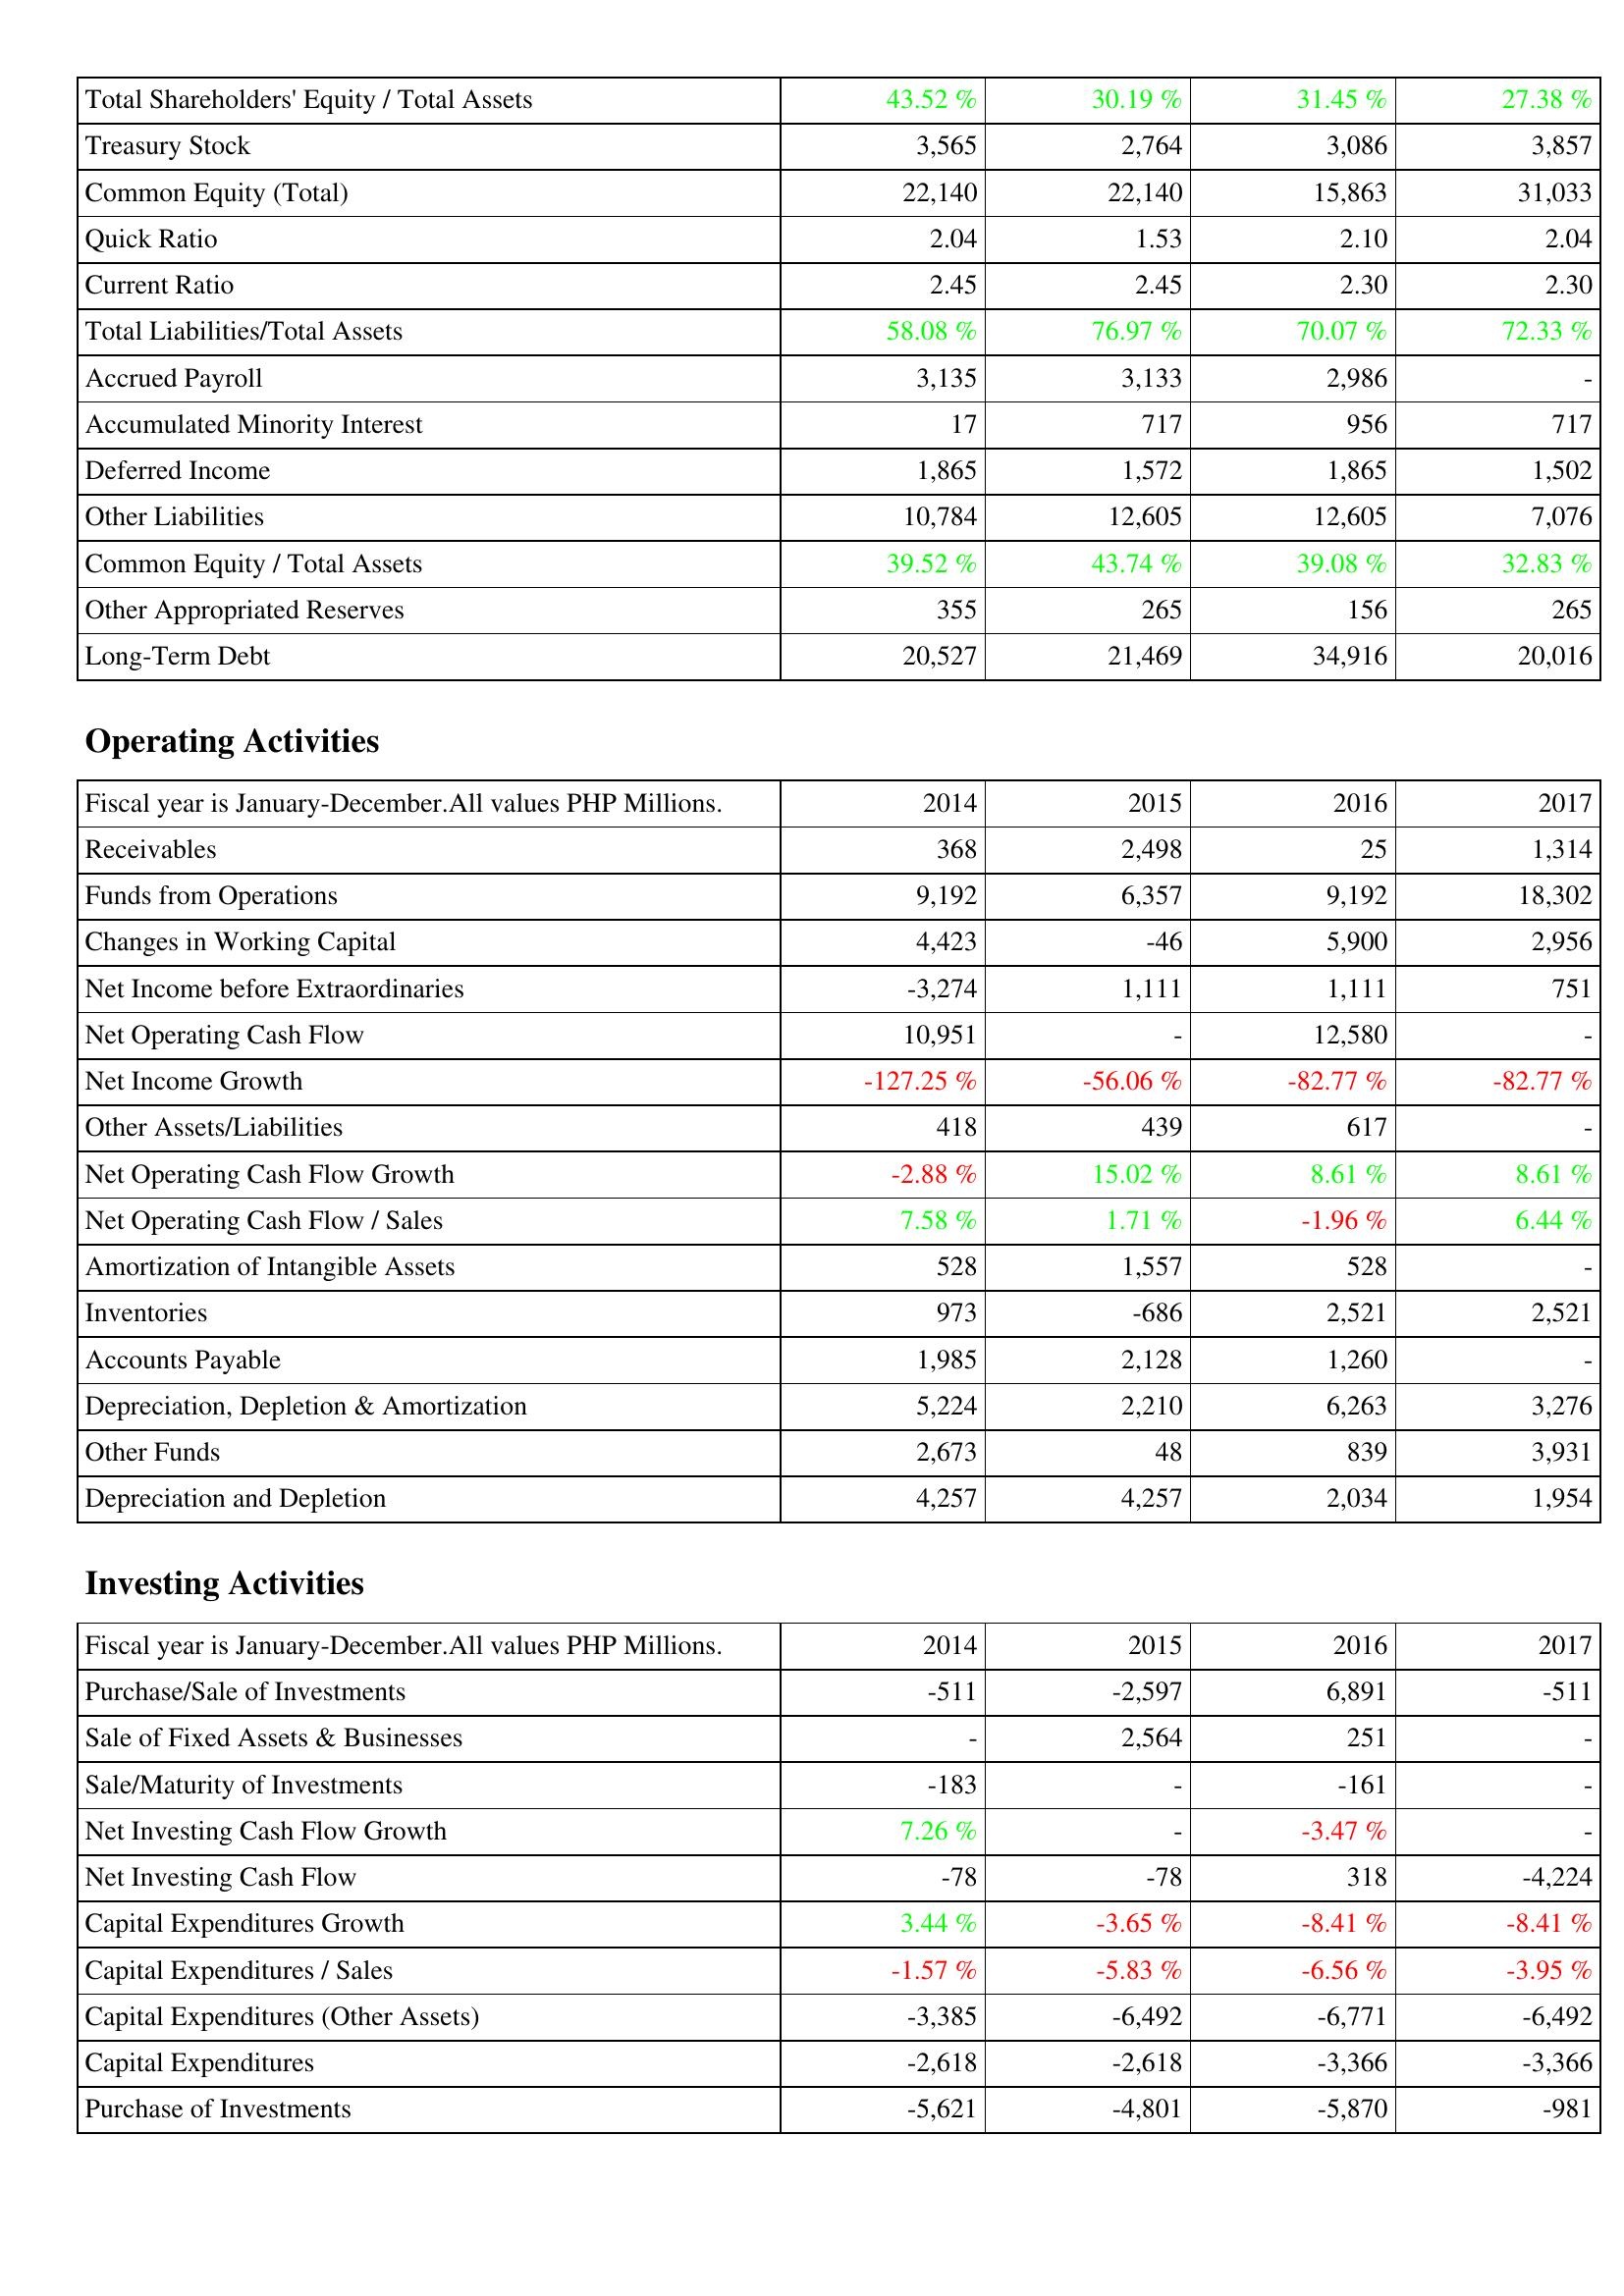
2014: Liabilities & Shareholders' Equity: Total Shareholders' Equity / Total Assets: 43.52 %
Treasury Stock: 3,565
Common Equity (Total): 22,140
Quick Ratio: 2.04
Current Ratio: 2.45
Total Liabilities/Total Assets: 58.08 %
Accrued Payroll: 3,135
Accumulated Minority Interest: 17
Deferred Income: 1,865
Other Liabilities: 10,784
Common Equity / Total Assets: 39.52 %
Other Appropriated Reserves: 355
Long-Term Debt: 20,527
Operating Activities: Receivables: 368
Funds from Operations: 9,192
Changes in Working Capital: 4,423
Net Income before Extraordinaries: -3,274
Net Operating Cash Flow: 10,951
Net Income Growth: -127.25 %
Other Assets/Liabilities: 418
Net Operating Cash Flow Growth: -2.88 %
Net Operating Cash Flow / Sales: 7.58 %
Amortization of Intangible Assets: 528
Inventories: 973
Accounts Payable: 1,985
Depreciation, Depletion & Amortization: 5,224
Other Funds: 2,673
Depreciation and Depletion: 4,257
Investing Activities: Purchase/Sale of Investments: -511
Sale of Fixed Assets & Businesses: -
Sale/Maturity of Investments: -183
Net Investing Cash Flow Growth: 7.26 %
Net Investing Cash Flow: -78
Capital Expenditures Growth: 3.44 %
Capital Expenditures / Sales: -1.57 %
Capital Expenditures (Other Assets): -3,385
Capital Expenditures: -2,618
Purchase of Investments: -5,621
2015: Liabilities & Shareholders' Equity: Total Shareholders' Equity / Total Assets: 30.19 %
Treasury Stock: 2,764
Common Equity (Total): 22,140
Quick Ratio: 1.53
Current Ratio: 2.45
Total Liabilities/Total Assets: 76.97 %
Accrued Payroll: 3,133
Accumulated Minority Interest: 717
Deferred Income: 1,572
Other Liabilities: 12,605
Common Equity / Total Assets: 43.74 %
Other Appropriated Reserves: 265
Long-Term Debt: 21,469
Operating Activities: Receivables: 2,498
Funds from Operations: 6,357
Changes in Working Capital: -46
Net Income before Extraordinaries: 1,111
Net Operating Cash Flow: -
Net Income Growth: -56.06 %
Other Assets/Liabilities: 439
Net Operating Cash Flow Growth: 15.02 %
Net Operating Cash Flow / Sales: 1.71 %
Amortization of Intangible Assets: 1,557
Inventories: -686
Accounts Payable: 2,128
Depreciation, Depletion & Amortization: 2,210
Other Funds: 48
Depreciation and Depletion: 4,257
Investing Activities: Purchase/Sale of Investments: -2,597
Sale of Fixed Assets & Businesses: 2,564
Sale/Maturity of Investments: -
Net Investing Cash Flow Growth: -
Net Investing Cash Flow: -78
Capital Expenditures Growth: -3.65 %
Capital Expenditures / Sales: -5.83 %
Capital Expenditures (Other Assets): -6,492
Capital Expenditures: -2,618
Purchase of Investments: -4,801
2016: Liabilities & Shareholders' Equity: Total Shareholders' Equity / Total Assets: 31.45 %
Treasury Stock: 3,086
Common Equity (Total): 15,863
Quick Ratio: 2.10
Current Ratio: 2.30
Total Liabilities/Total Assets: 70.07 %
Accrued Payroll: 2,986
Accumulated Minority Interest: 956
Deferred Income: 1,865
Other Liabilities: 12,605
Common Equity / Total Assets: 39.08 %
Other Appropriated Reserves: 156
Long-Term Debt: 34,916
Operating Activities: Receivables: 25
Funds from Operations: 9,192
Changes in Working Capital: 5,900
Net Income before Extraordinaries: 1,111
Net Operating Cash Flow: 12,580
Net Income Growth: -82.77 %
Other Assets/Liabilities: 617
Net Operating Cash Flow Growth: 8.61 %
Net Operating Cash Flow / Sales: -1.96 %
Amortization of Intangible Assets: 528
Inventories: 2,521
Accounts Payable: 1,260
Depreciation, Depletion & Amortization: 6,263
Other Funds: 839
Depreciation and Depletion: 2,034
Investing Activities: Purchase/Sale of Investments: 6,891
Sale of Fixed Assets & Businesses: 251
Sale/Maturity of Investments: -161
Net Investing Cash Flow Growth: -3.47 %
Net Investing Cash Flow: 318
Capital Expenditures Growth: -8.41 %
Capital Expenditures / Sales: -6.56 %
Capital Expenditures (Other Assets): -6,771
Capital Expenditures: -3,366
Purchase of Investments: -5,870
2017: Liabilities & Shareholders' Equity: Total Shareholders' Equity / Total Assets: 27.38 %
Treasury Stock: 3,857
Common Equity (Total): 31,033
Quick Ratio: 2.04
Current Ratio: 2.30
Total Liabilities/Total Assets: 72.33 %
Accrued Payroll: -
Accumulated Minority Interest: 717
Deferred Income: 1,502
Other Liabilities: 7,076
Common Equity / Total Assets: 32.83 %
Other Appropriated Reserves: 265
Long-Term Debt: 20,016
Operating Activities: Receivables: 1,314
Funds from Operations: 18,302
Changes in Working Capital: 2,956
Net Income before Extraordinaries: 751
Net Operating Cash Flow: -
Net Income Growth: -82.77 %
Other Assets/Liabilities: -
Net Operating Cash Flow Growth: 8.61 %
Net Operating Cash Flow / Sales: 6.44 %
Amortization of Intangible Assets: -
Inventories: 2,521
Accounts Payable: -
Depreciation, Depletion & Amortization: 3,276
Other Funds: 3,931
Depreciation and Depletion: 1,954
Investing Activities: Purchase/Sale of Investments: -511
Sale of Fixed Assets & Businesses: -
Sale/Maturity of Investments: -
Net Investing Cash Flow Growth: -
Net Investing Cash Flow: -4,224
Capital Expenditures Growth: -8.41 %
Capital Expenditures / Sales: -3.95 %
Capital Expenditures (Other Assets): -6,492
Capital Expenditures: -3,366
Purchase of Investments: -981